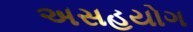
અસહયોગ